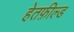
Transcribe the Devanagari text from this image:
हेतफ़ील्ड